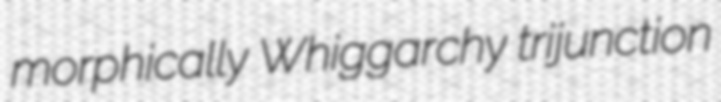
morphically Whiggarchy trijunction